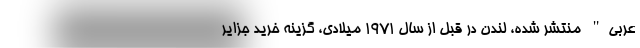
عربی" منتشر شده، لندن در قبل از سال 1971 میلادی، گزینه خرید جزایر